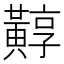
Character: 䵍